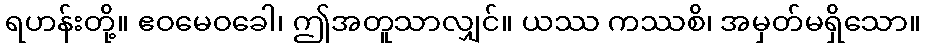
ရဟန်းတို့။ ဧဝမေဝခေါ၊ ဤအတူသာလျှင်။ ယဿ ကဿစိ၊ အမှတ်မရှိသော။